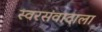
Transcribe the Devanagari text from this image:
स्वरसंवादाला